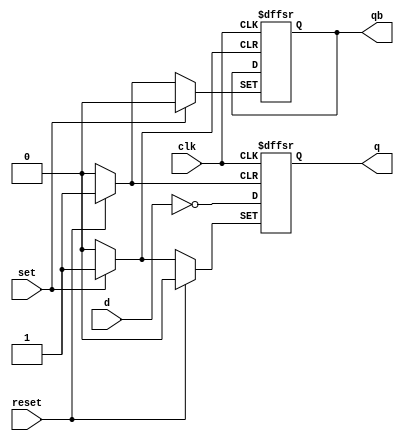
module dff1(q , qb , d , clk , set , reset ) ;
	input d , clk , set , reset;
	output q , qb ;

	always @( posedge clk or posedge set or posedge reset )
	begin 
		if ( reset ) 
		begin 
			q = 0 ;
			qb = 1 ;
		end 
		else if (set ) 
		begin 
			q = 1 ;
			qb = 0 ;
		end 
		else 
		begin 
			q = d ;
			q = ~d ;
		end 
	end 
endmodule